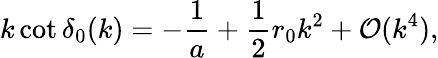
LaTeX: k\cot\delta_{0}(k)=-\frac{1}{a}+\frac{1}{2}r_{0}k^{2}+\mathcal{O}(k^{4}),